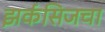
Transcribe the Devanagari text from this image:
झर्कसिजचा